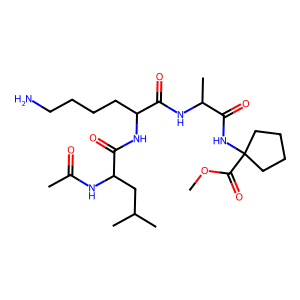
SMILES: COC(=O)C1(NC(=O)C(C)NC(=O)C(CCCCN)NC(=O)C(CC(C)C)NC(C)=O)CCCC1
Inhibits HIV replication: No